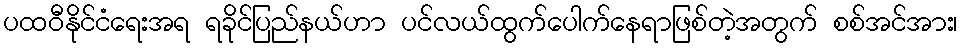
ပထဝီနိုင်ငံရေးအရ ရခိုင်ပြည်နယ်ဟာ ပင်လယ်ထွက်ပေါက်နေရာဖြစ်တဲ့အတွက် စစ်အင်အား၊